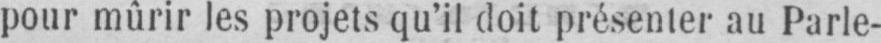
pour mûrir les projets qu’il doit présenter au Parle-